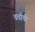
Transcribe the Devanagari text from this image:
चर्चाची